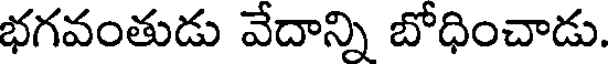
భగవంతుడు వేదాన్ని బోధించాడు.